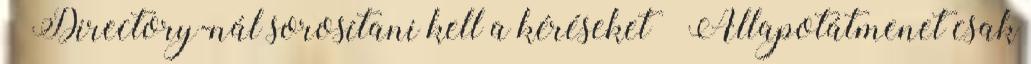
● Directory-nál sorosítani kell a kéréseket – Állapotátmenet csak